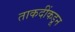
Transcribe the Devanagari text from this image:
ताकदींकडून